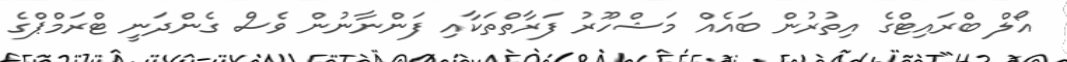
އޯލް ބްރައިޓްގެ އިތުރުން ބައެއް މަޝްހޫރު ފަރާތްތަކާއި ފަންނާނުން ވެސް ގެންދަނީ ޓްރަމްޕްގެ